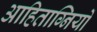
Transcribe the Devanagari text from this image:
आहिताग्नियों